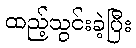
ထည့်သွင်းခဲ့ပြီး